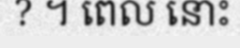
? ។ ពេល នោះ